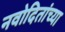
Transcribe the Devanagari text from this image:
नवोदितांच्या